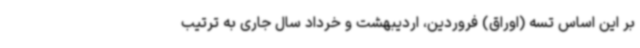
بر این اساس تسه (اوراق) فروردین، اردیبهشت و خرداد سال جاری به ترتیب